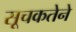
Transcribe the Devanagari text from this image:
सूचकतेने